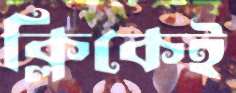
ক্লিকেই